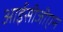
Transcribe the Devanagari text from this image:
आईसीजीएस